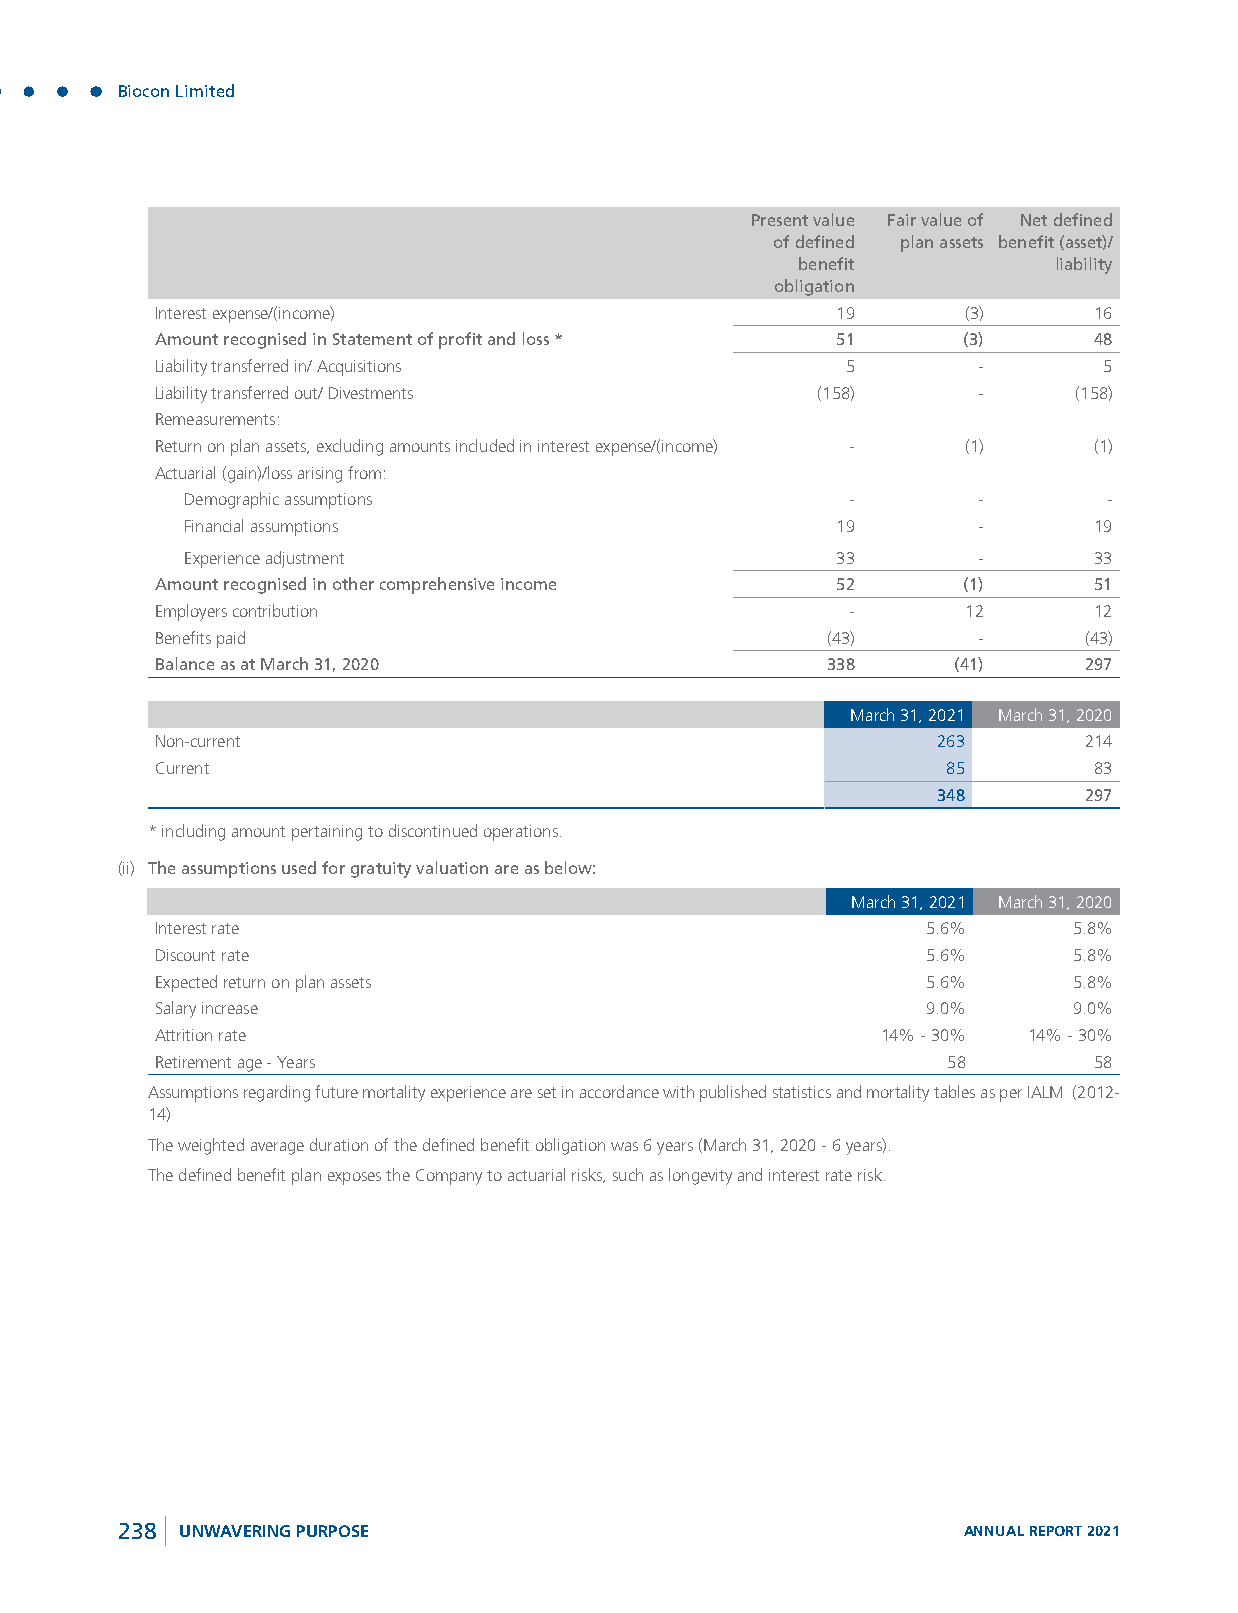
Biocon Limited
 Present value Fair value of Net defined
 of defined plan assets benefit (asset)/
 benefit          liability
 obligation
 Interest expense/(income)                    19       (3)     16
 Amount recognised in Statement of profit and loss * 51 (3)    48
 Liability transferred in/ Acquisitions        5        -       5
 Liability transferred out/ Divestments      (158)      -     (158)
 Remeasurements:
 Return on plan assets, excluding amounts included in interest expense/(income) - (1) (1)
 Actuarial (gain)/loss arising from:
 Demographic assumptions                     -        -       -
 Financial assumptions                      19        -      19
 Experience adjustment                      33        -      33
 Amount recognised in other comprehensive income 52    (1)     51
 Employers contribution                        -       12      12
 Benefits paid                                (43)      -      (43)
 Balance as at March 31, 2020                 338     (41)     297
 March 31, 2021 March 31, 2020
 Non-current                                         263       214
 Current                                              85       83
 348       297
 * including amount pertaining to discontinued operations.
 (ii) The assumptions used for gratuity valuation are as below:
 March 31, 2021 March 31, 2020
 Interest rate                                      5.6%      5.8%
 Discount rate                                      5.6%      5.8%
 Expected return on plan assets                     5.6%      5.8%
 Salary increase                                    9.0%      9.0%
 Attrition rate                                  14% - 30% 14% - 30%
 Retirement age - Years                               58       58
 Assumptions regarding future mortality experience are set in accordance with published statistics and mortality tables as per IALM (2012-
 14)
 The weighted average duration of the defined benefit obligation was 6 years (March 31, 2020 - 6 years).
 The defined benefit plan exposes the Company to actuarial risks, such as longevity and interest rate risk.
 238 UNWAVERING PURPOSE                                  ANNUAL REPORT 2021